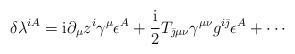
LaTeX: \begin{align*}\delta\lambda^{iA} = {\rm i} \partial_\mu z^i \gamma^\mu\epsilon^A + {{\rm i} \over 2}T_{\bar \jmath\mu\nu} \gamma^{\mu \nu}g^{i\bar\jmath}\epsilon^A + \cdots\end{align*}